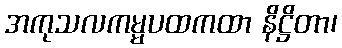
အကုသလကမ္မပထကထာ နိဋ္ဌိတာ၊